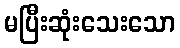
မပြီးဆုံးသေးသော